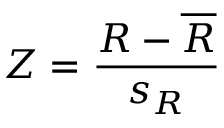
Z = \frac { R - \overline { { R } } } { s _ { R } }